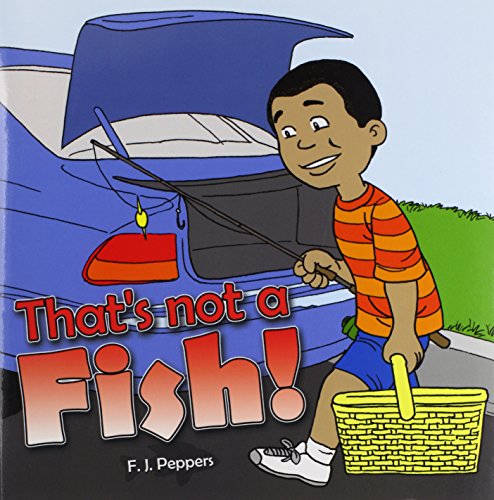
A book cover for That's Not a Fish!; F. J. Peppers; Science Fiction & Fantasy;